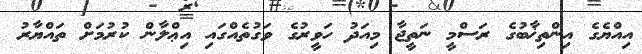
އިއްޔެގެ އިންތިޚާބުގެ ރަސްމީ ނަތީޖާ މިއަދު ހަވީރުގެ ވަގުތެއްގައި އިޢްލާން ކުރުމަށް ތައްޔާރު